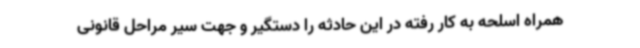
همراه اسلحه به کار رفته در این حادثه را دستگیر و جهت سیر مراحل قانونی